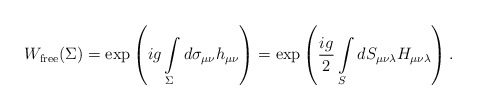
\begin{align*}W_{\rm free}(\Sigma)=\exp\left(ig\int\limits_{\Sigma}^{}d\sigma_{\mu\nu}h_{\mu\nu}\right)=\exp\left(\frac{ig}{2}\int\limits_{S}^{} dS_{\mu\nu\lambda}H_{\mu\nu\lambda}\right).\end{align*}